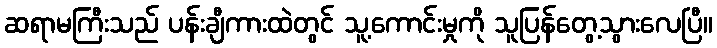
ဆရာမကြီးသည် ပန်းချီကားထဲတွင် သူ့ကောင်းမှုကို သူပြန်တွေ့သွားလေပြီ။